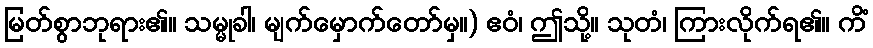
မြတ်စွာဘုရား၏။ သမ္မုခါ၊ မျက်မှောက်တော်မှ။) ဧဝံ၊ ဤသို့။ သုတံ၊ ကြားလိုက်ရ၏။ ကိံ